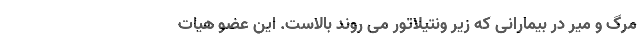
مرگ و میر در بیمارانی که زیر ونتیلاتور می روند بالاست. این عضو هیات